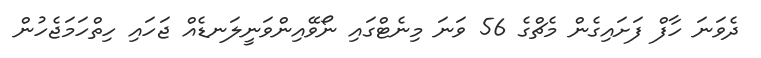
ދެވަނަ ހާފް ފަށައިގެން މެޗްގެ 56 ވަނަ މިނެޓްގައި ނޯވޭއިންވަނީލަނޑެއް ޖަހައި ހިތްހަމަޖެހުން